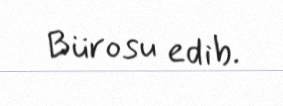
Bürosu edib.